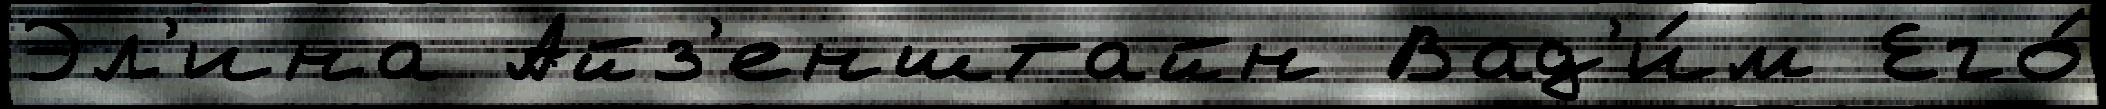
Эл'ина Айз'енштайн Вад'и́м Его́